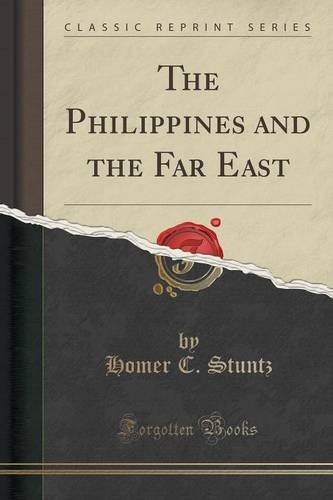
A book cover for The Philippines and the Far East (Classic Reprint); Homer C. Stuntz; History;